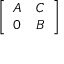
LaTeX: \left[ \begin{array} { l l } { A } & { C } \\ { 0 } & { B } \end{array} \right]